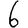
Digit: 6